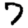
Digit: 7